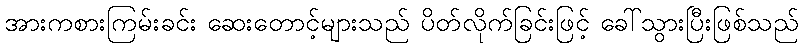
အားကစားကြမ်းခင်း ဆေးတောင့်များသည် ပိတ်လိုက်ခြင်းဖြင့် ခေါ်သွားပြီးဖြစ်သည်